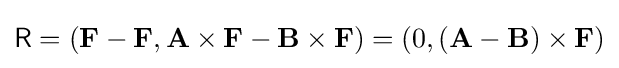
{\mathsf {R}}=(\mathbf {F} -\mathbf {F} ,\mathbf {A} \times \mathbf {F} -\mathbf {B} \times \mathbf {F} )=(0,(\mathbf {A} -\mathbf {B} )\times \mathbf {F} )